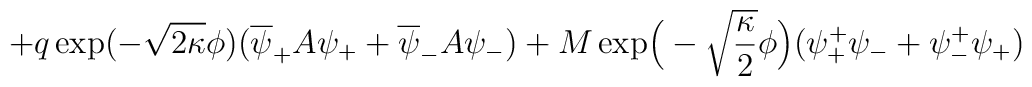
+q\exp(-\sqrt{2\kappa}\phi)(\overline{\psi}_+ A\psi_+ +\overline{\psi}_-A\psi_-)+M\exp\!\Big(-\sqrt{\frac{\kappa}{2}}\phi\Big)(\psi_+^+\psi_- +\psi_-^+\psi_+)